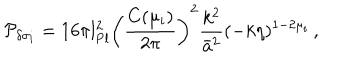
LaTeX: { \cal P } _ { \delta \sigma _ { i } } = 1 6 \pi l _ { \mathrm { P l } } ^ { 2 } \left( { \frac { C ( \mu _ { i } ) } { 2 \pi } } \right) ^ { 2 } { \frac { k ^ { 2 } } { \bar { a } ^ { 2 } } } ( - k \eta ) ^ { 1 - 2 \mu _ { i } } \, ,